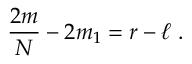
{ \frac { 2 m } { N } } - 2 m _ { 1 } = r - \ell \; .